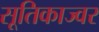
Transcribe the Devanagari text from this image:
सूतिकाज्वर